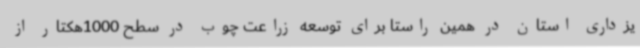
یزداری استان در همین راستا برای توسعه زراعت چوب در سطح 1000هکتار از